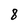
Character: 8